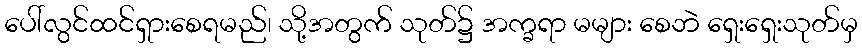
ပေါ်လွင်ထင်ရှားစေရမည်၊ သို့အတွက် သုတ်၌ အက္ခရာ မများ စေဘဲ ရှေးရှေးသုတ်မှ